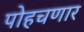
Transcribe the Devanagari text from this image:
पोहचणार